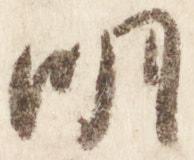
明